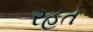
રહત